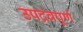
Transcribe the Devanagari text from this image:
उपद्रवपूर्ण